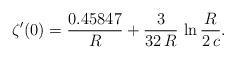
LaTeX: \begin{align*}\zeta'(0)=\frac{0.45847}{R}+\frac{3}{32\,R}\,\ln\frac{R}{2\,c}.\end{align*}